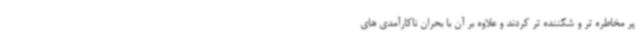
پر مخاطره تر و شکننده تر کردند و علاوه بر آن با بحران ناکارآمدی های